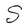
Character: S